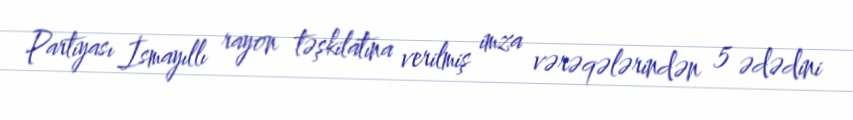
Partiyası İsmayıllı rayon təşkilatına verilmiş imza vərəqələrindən 5 ədədini